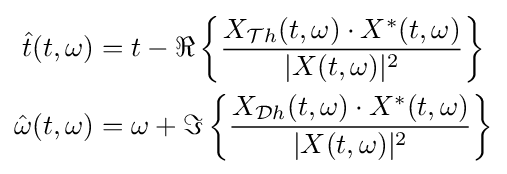
{\begin{aligned}{\hat {t}}(t,\omega )&=t-\Re \left\{{\frac {X_{{\mathcal {T}}h}(t,\omega )\cdot X^{*}(t,\omega )}{|X(t,\omega )|^{2}}}\right\}\\{\hat {\omega }}(t,\omega )&=\omega +\Im \left\{{\frac {X_{{\mathcal {D}}h}(t,\omega )\cdot X^{*}(t,\omega )}{|X(t,\omega )|^{2}}}\right\}\end{aligned}}